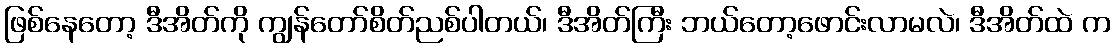
ဖြစ်နေတော့ ဒီအိတ်ကို ကျွန်တော်စိတ်ညစ်ပါတယ်၊ ဒီအိတ်ကြီး ဘယ်တော့ဖောင်းလာမလဲ၊ ဒီအိတ်ထဲ က